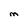
Character: M